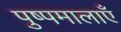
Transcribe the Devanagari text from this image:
पुष्पमालाएँ